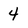
Character: 4